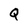
Character: Q